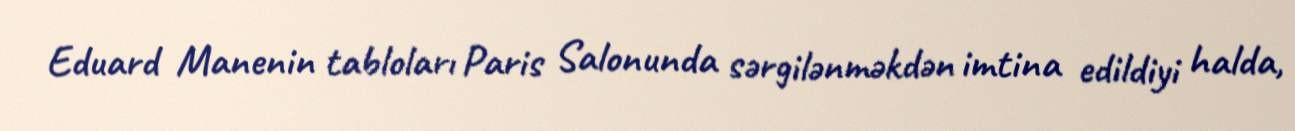
Eduard Manenin tabloları Paris Salonunda sərgilənməkdən imtina edildiyi halda,